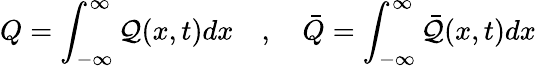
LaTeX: Q=\int_{-\infty}^{\infty}\mathcal{Q}(x,t)dx\quad,\quad\bar{{Q}}=\int_{-\infty}^{\infty}\bar{{\mathcal{Q}}}(x,t)dx